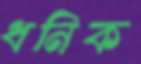
ধনিক